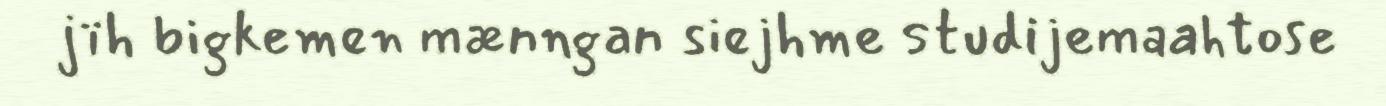
jïh bigkemen mænngan siejhme studijemaahtose